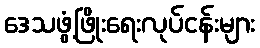
ဒေသဖွံ့ဖြိုးရေးလုပ်ငန်းများ